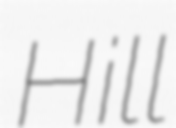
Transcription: Hill